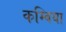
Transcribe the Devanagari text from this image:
कम्बिया